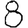
Digit: 8